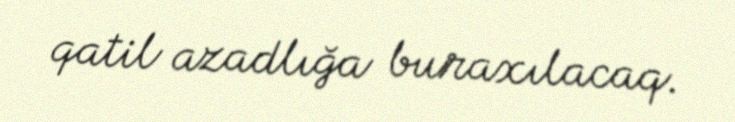
qatil azadlığa buraxılacaq.